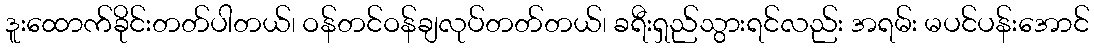
ဒူးထောက်ခိုင်းတတ်ပါတယ်၊ ဝန်တင်ဝန်ချလုပ်တတ်တယ်၊ ခရီးရှည်သွားရင်လည်း အရမ်း မပင်ပန်းအောင်